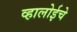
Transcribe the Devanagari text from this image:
व्हालोईचे